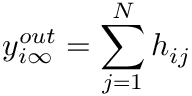
y _ { i \infty } ^ { o u t } = \sum _ { j = 1 } ^ { N } h _ { i j }